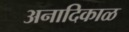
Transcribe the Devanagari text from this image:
अनादिकाळ